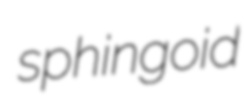
sphingoid